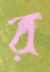
র